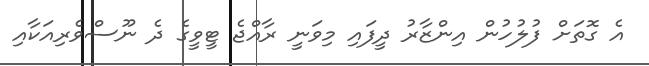
އެ ގޮތަށް ފުލުހުން އިންޒާރު ދީފައި މިވަނީ ރާއްޖެ ޓީވީގެ ދެ ނޫސްވެރިއަކާއި